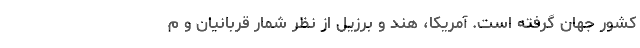
کشور جهان گرفته است. آمریکا، هند و برزیل از نظر شمار قربانیان و م